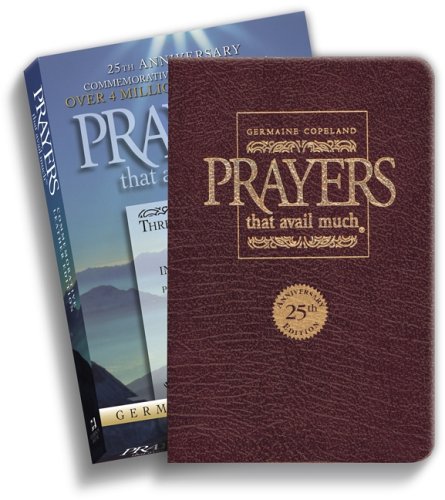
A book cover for Prayers That Avail Much: Three Bestselling Works Complete in One Volume,  25th Anniversary Leather Burgundy (Commemorative Leather Edition); Germaine Copeland; Christian Books & Bibles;